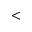
<